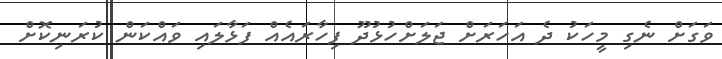
ވަގަށް ނެގި މީހަކު ދެ އަހަރަށް ޖަލަށްހުޅުދޫ ފިހާރައެއް ފަޅާލައި ވައްކަން ކުރަނިކޮށް